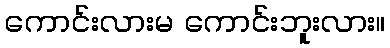
ကောင်းလားမ ကောင်းဘူးလား။